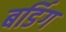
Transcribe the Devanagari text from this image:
बर्डिग